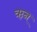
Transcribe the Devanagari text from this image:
ऋन